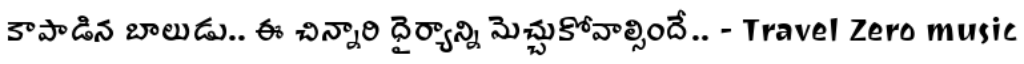
కాపాడిన బాలుడు.. ఈ చిన్నారి ధైర్యాన్ని మెచ్చుకోవాల్సిందే.. - Travel Zero music